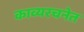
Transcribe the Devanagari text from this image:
काव्यरचनेत